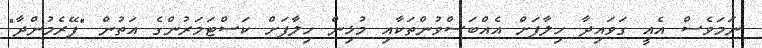
ނަމަވެސް އެއީ ގަވައިދާ ހިލާފަށް އެއްބަސްވުންތަކާއި މުޅިން ހިލާފަށް ކަސްޓަމަރުންގެ އަތުން "ފޭރެމުންދާ"